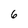
Character: 6